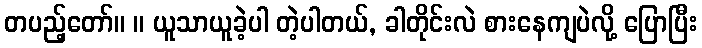
တပည့်တော်။ ။ ယူသာယူခဲ့ပါ တဲ့ပါတယ်, ခါတိုင်းလဲ စားနေကျပဲလို့ ပြောပြီး